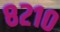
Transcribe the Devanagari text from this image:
८२१०